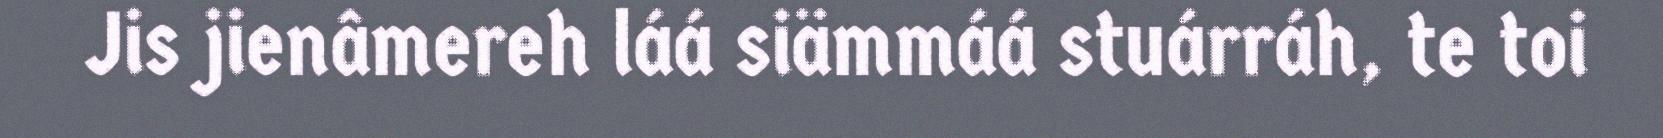
Jis jienâmereh láá siämmáá stuárráh, te toi